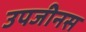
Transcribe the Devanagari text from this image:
उपजीनस